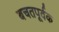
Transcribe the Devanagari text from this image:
बचतपूर्वक